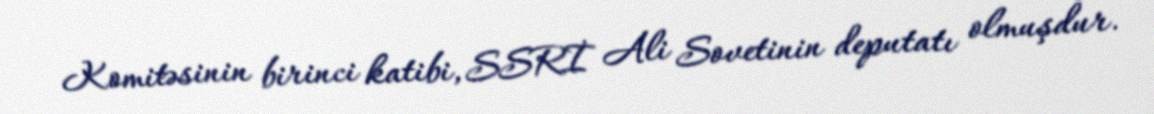
Komitəsinin birinci katibi, SSRİ Ali Sovetinin deputatı olmuşdur.